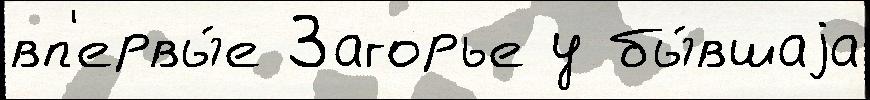
вп'ервы́е Загорье у бы́вшаjа